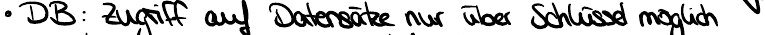
DB : Zugriff auf Datensätze nur über Schlüssel möglich